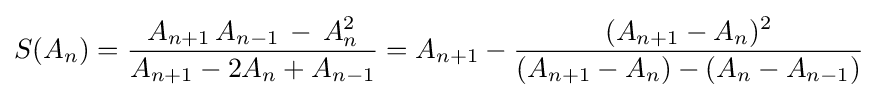
S(A_{n})={\frac {A_{n+1}\,A_{n-1}\,-\,A_{n}^{2}}{A_{n+1}-2A_{n}+A_{n-1}}}=A_{n+1}-{\frac {(A_{n+1}-A_{n})^{2}}{(A_{n+1}-A_{n})-(A_{n}-A_{n-1})}}